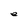
Character: e